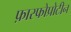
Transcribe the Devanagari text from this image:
फ़ास्फोप्रोटीन